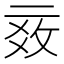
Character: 𱎓